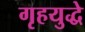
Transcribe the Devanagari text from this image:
गृहयुद्धे